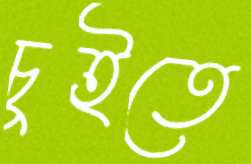
চুইতে